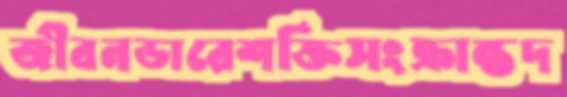
জীবনডারেশক্তিসংক্রান্তদ